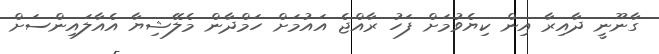
ގާނޫނީ ދާއިރާ އިން ކިޔެވުމަށް ފަހު ރާއްޖެ އައުމަށް ހަމްދާން މެލޭޝިޔާ އެއާލައިންސަށް